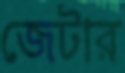
জেটার